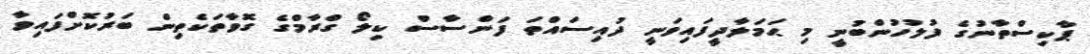
ޕާކިސްތާނުގެ ފުލުހުންބުނީ މި ޙަމަލާދީފައިވަނީ ދުއިސައްތަ ފަންސާސް ކިލޯ ގްރާމްގެ ގޮވާތަކެތިން ބަރުކޮށްފައިވާ